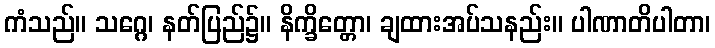
ကံသည်။ သဂ္ဂေ၊ နတ်ပြည်၌။ နိက္ခိတ္တော၊ ချထားအပ်သနည်း။ ပါဏာတိပါတာ၊